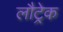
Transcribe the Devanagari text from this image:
लौट्रेक